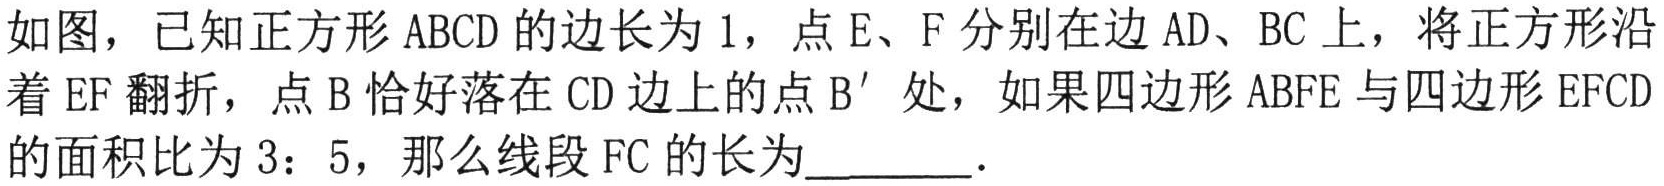
如图，已知正方形 \(ABCD\) 的边长为 \(1\)，点 \(E、F\) 分别在边 \(AD、BC\) 上，将正方形沿着 \(EF\) 翻折，点 \(B\) 恰好落在 \(CD\) 边上的点 \(B'\) 处，如果四边形 \(ABFE\) 与四边形 \(EFCD\) 的面积比为 \(3:5\)，那么线段 \(FC\) 的长为  ．